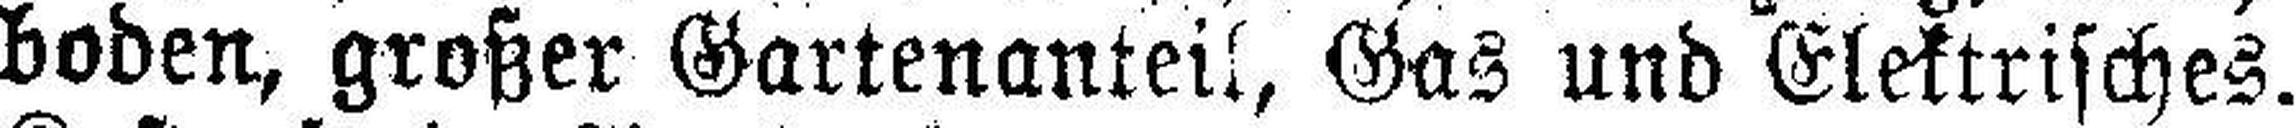
boden, großer Gartenanteil, Gas und Elektrisches.